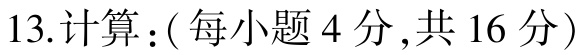
13.计算：( 每小题 4 分 ,共 16 分 )